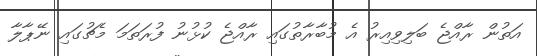
އަތުން ރާއްޖެ ބަލިވިއިރު އެ މުބާރާތުގައި ރާއްޖެ ކުޅުނު ފުރަތަމަ މެޗުގައި ނޭޕާލާ